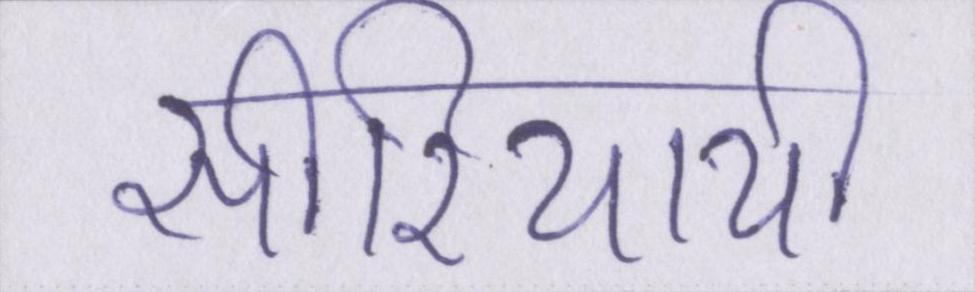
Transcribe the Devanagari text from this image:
सीरियायी